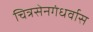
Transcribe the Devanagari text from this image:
चित्रसेनगंधर्वास